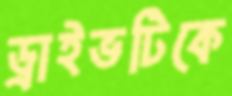
ড্রাইভটিকে